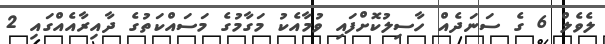
ލެވެލް 6 ގެ ސަނަދެއް ހާސިލުކޮށްފައި ވުމާއެކު މަގާމުގެ މަސައްކަތުގެ ދާއިރާއެއްގައި 2